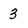
Character: 3